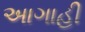
અાગાહી